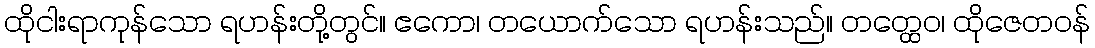
ထိုငါးရာကုန်သော ရဟန်းတို့တွင်။ ဧကော၊ တယောက်သော ရဟန်းသည်။ တတ္ထေဝ၊ ထိုဇေတဝန်